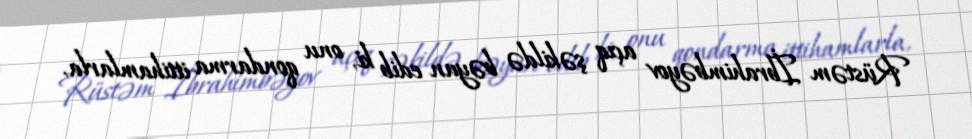
Rüstəm İbrahimbəyov açıq şəkildə bəyan edib ki, onu qondarma ittihamlarla,